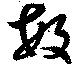
敏